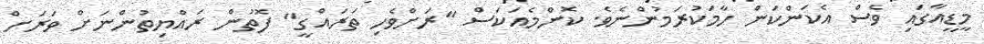
މީޑީއާގައި ވެސް އެކަންކަން ހާމަކުރަމުންނެވެ. ކޮންމެއަކަސް "ރަށްވެހި ތަރައްގީ" ފޮތުން ރައްޔިތުންނަށް ވަރަށް